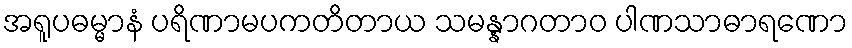
အရူပဓမ္မာနံ ပရိဏာမပကတိတာယ သမန္နာဂတာဝ ပါဏသာဓာရဏော